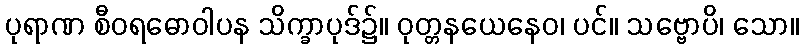
ပုရာဏ စီဝရဓောဝါပန သိက္ခာပုဒ်၌။ ဝုတ္တနယေနေဝ၊ ပင်။ သဗ္ဗောပိ၊ သော။